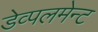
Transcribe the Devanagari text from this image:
डेव्पलमेन्ट